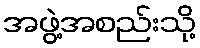
အဖွဲ့အစည်းသို့